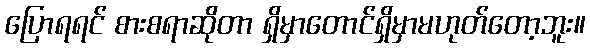
ပြောရရင် စားစရာဆိုတာ ရှိမှာတောင်ရှိမှာမဟုတ်တော့ဘူး။